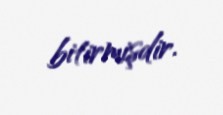
bitirmişdir.